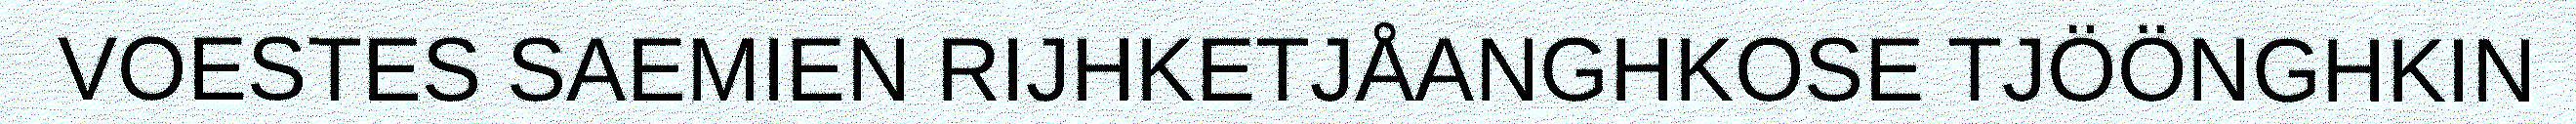
VOESTES SAEMIEN RIJHKETJÅANGHKOSE TJÖÖNGHKIN